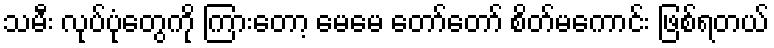
သမီး လုပ်ပုံတွေကို ကြားတော့ မေမေ တော်တော် စိတ်မကောင်း ဖြစ်ရတယ်